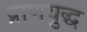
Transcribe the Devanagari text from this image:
प्राणयुद्ध